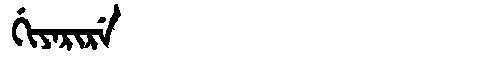
Manchu: ᡤᡳᠶᠠᡵᡳᡵᡝ
Romanization: GIYARIRE